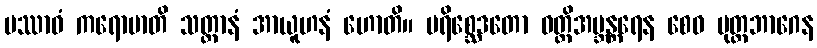
ပဿာဝံ ကရောမာတိ သတ္တာနံ အာယူဟနံ ဟောတိ။ ပရိစ္ဆေဒတော ဝတ္ထိအဗ္ဘန္တရေန စေဝ မုတ္တဘာဂေန